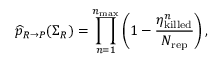
\widehat { p } _ { R \rightarrow P } ( \Sigma _ { R } ) = \prod _ { n = 1 } ^ { n _ { \mathrm { m a x } } } \left( 1 - \frac { \eta _ { \mathrm { k i l l e d } } ^ { n } } { N _ { \mathrm { r e p } } } \right) ,